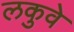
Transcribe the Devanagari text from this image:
लकुवे